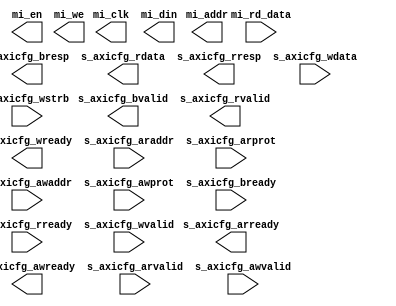
module esaxilite (/*AUTOARG*/
   // Outputs
   s_axicfg_arready, s_axicfg_awready, s_axicfg_bresp,
   s_axicfg_bvalid, s_axicfg_rdata, s_axicfg_rresp, s_axicfg_rvalid,
   s_axicfg_wready, mi_clk, mi_en, mi_we, mi_addr, mi_din,
   // Inputs
   s_axicfg_araddr, s_axicfg_arprot, s_axicfg_arvalid,
   s_axicfg_awaddr, s_axicfg_awprot, s_axicfg_awvalid,
   s_axicfg_bready, s_axicfg_rready, s_axicfg_wdata, s_axicfg_wstrb,
   s_axicfg_wvalid, mi_rd_data
   );
   
   parameter RFAW      = 16;      

   /*****************************/
   /*AXI 32 bit lite interface  */
   /*****************************/  
   
   //read address channel
   input [15:0]  s_axicfg_araddr;
   input [2:0] 	 s_axicfg_arprot;
   output 	 s_axicfg_arready;
   input 	 s_axicfg_arvalid;
   
   //write address channel
   input [15:0]  s_axicfg_awaddr;
   input [2:0] 	 s_axicfg_awprot;
   output 	 s_axicfg_awready;
   input 	 s_axicfg_awvalid;
   
   //buffered read response channel
   input 	 s_axicfg_bready;
   output [1:0]  s_axicfg_bresp;
   output 	 s_axicfg_bvalid;
   
   //read channel
   output [31:0] s_axicfg_rdata;
   input 	 s_axicfg_rready;
   output [1:0]  s_axicfg_rresp;
   output 	 s_axicfg_rvalid;
   
   //write channel
   input [31:0]  s_axicfg_wdata;
   output 	 s_axicfg_wready;
   input [3:0] 	 s_axicfg_wstrb;
   input 	 s_axicfg_wvalid;

   /*****************************/
   /*Simple memory interface    */
   /*****************************/  
   output             mi_clk;
   output 	      mi_en;
   output 	      mi_we;
   output [RFAW-1:0]  mi_addr;
   output [31:0]      mi_din;   
   input [31:0]       mi_rd_data;   

   //muxing done outside
   
   
endmodule